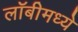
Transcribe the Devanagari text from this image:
लॉबीमध्ये